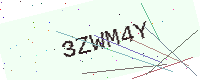
Text: 3ZWM4Y